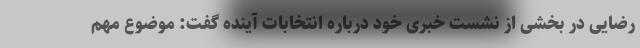
رضایی در بخشی از نشست خبری خود درباره انتخابات آینده گفت: موضوع مهم